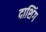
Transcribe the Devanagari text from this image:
दाशिंग